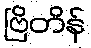
ဗြိတိန်